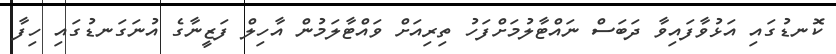
ކޮނޑުގައި އަޅުވާފައިވާ ދަބަސް ނައްޓާލުމަށްފަހު ތިރިއަށް ވައްޓާލަމުން އާހިލް ފަޒީނާގެ އުނަގަނޑުގައި ހިފާ